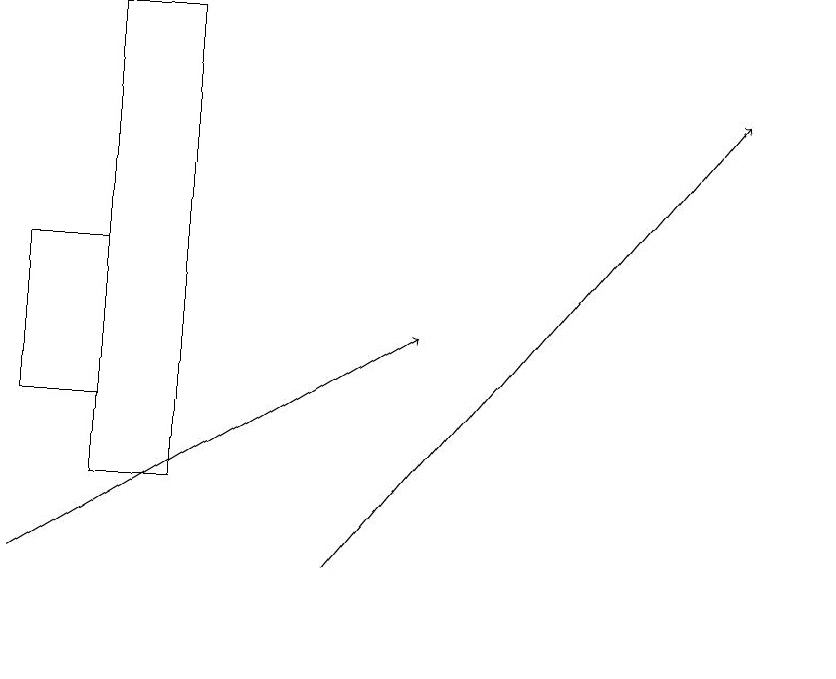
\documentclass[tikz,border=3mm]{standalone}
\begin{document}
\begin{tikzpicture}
\draw[->] (0,12) -- (5,15);
\draw (0,16) rectangle (1,14);
\draw[->] (4,12) -- (9,18);
\draw (1,13) rectangle (2,19);
\draw (10,11) circle (0);
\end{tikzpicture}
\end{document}